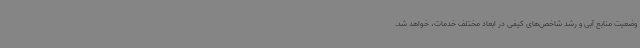
وضعیت منابع آبی و رشد شاخص‌های کیفی در ابعاد مختلف خدمات، خواهد شد.